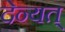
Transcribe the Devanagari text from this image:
देन्यत्